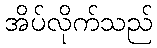
အိပ်လိုက်သည်